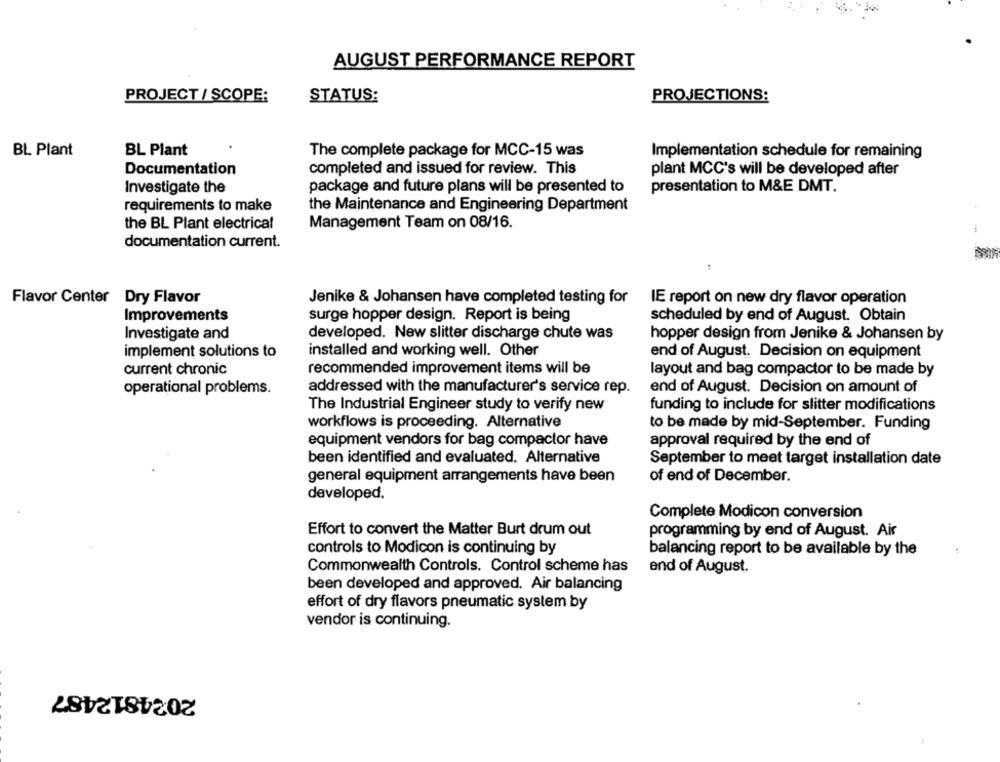
AUGUST PERFORMANCE REPORT
PROJECT / SCOPE:
STATUS:
PROJECTIONS:
BL Plant
BL Plant
The complete package for MCC-15 was
Implementation schedule for remaining
Documentation
completed and issued for review. This
plant MCC's will be developed after
Investigate the
package and future plans will be presented to
presentation to M&E DMT.
requirements to make
the Maintenance and Engineering Department
the BL Plant electrical
Management Team on 08/16.
documentation current.
Flavor Center Dry Flavor
Jenike & Johansen have completed testing for
IE report on new dry flavor operation
Improvements
surge hopper design. Report is being
scheduled by end of August. Obtain
Investigate and
developed. New slitter discharge chute was
hopper design from Jenike & Johansen by
implement solutions to
installed and working well. Other
end of August. Decision on equipment
current chronic
recommended improvement items will be
layout and bag compactor to be made by
addressed with the manufacturer's service rep.
end of August. Decision on amount of
operational problems.
The Industrial Engineer study to verify new
funding to include for slitter modifications
workflows is proceeding. Alternative
to be made by mid-September. Funding
equipment vendors for bag compactor have
approval required by the end of
been identified and evaluated. Alternative
September to meet target installation date
general equipment arrangements have been
of end of December.
developed.
Complete Modicon conversion
Effort to convert the Matter Burt drum out
programming by end of August. Air
controls to Modicon is continuing by
balancing report to be available by the
Commonwealth Controls. Control scheme has
end of August.
been developed and approved. Air balancing
effort of dry flavors pneumatic system by
vendor is continuing.
2024812487